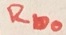
Text: Rbo